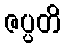
ဇပ္ပတိ